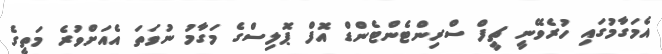
އެމަގާމުގައި ހުރެވޭނީ ޗީފް ސްރިންޓެންޓެންޑް އޮފް ޕޮލިސްގެ މަގާމު ނުވަތަ އެއަށްވުރެ މަތީގެ